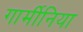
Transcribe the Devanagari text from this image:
गार्मीनिया